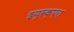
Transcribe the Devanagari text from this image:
इयूस्क्एरा